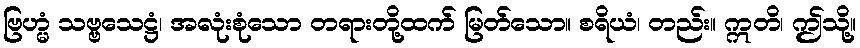
ဗြဟ္မံ သဗ္ဗသေဋ္ဌံ၊ အလုံးစုံသော တရားတို့ထက် မြတ်သော။ စရိယံ၊ တည်း။ ဣတိ၊ ဤသို့။